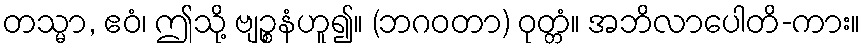
တသ္မာ, ဧဝံ၊ ဤသို့ ဗျဉ္စနံဟူ၍။ (ဘဂဝတာ) ဝုတ္တံ။ အဘိလာပေါတိ-ကား။